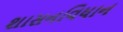
શાસનવિધાન